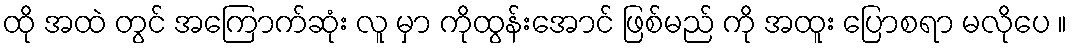
ထို အထဲ တွင် အကြောက်ဆုံး လူ မှာ ကိုထွန်းအောင် ဖြစ်မည် ကို အထူး ပြောစရာ မလိုပေ ။